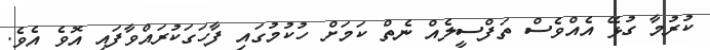
ކުރުމާ ގުޅޭ އެއްވެސް ތަފްސީލެއް ނެތް ކަމަށް ހުކުމުގައި ފާހަގަކުރައްވާފައި އޮވެ އެވެ.